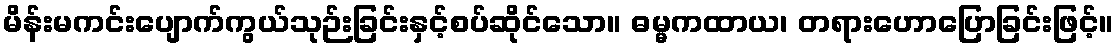
မိန်းမကင်းပျောက်ကွယ်သုဉ်းခြင်းနှင့်စပ်ဆိုင်သော။ ဓမ္မကထာယ၊ တရားဟောပြောခြင်းဖြင့်။